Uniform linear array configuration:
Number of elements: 12
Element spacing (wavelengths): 1
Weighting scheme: hamming
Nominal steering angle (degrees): -45
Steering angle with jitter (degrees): -46.495
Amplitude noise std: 0.05
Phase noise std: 0.05

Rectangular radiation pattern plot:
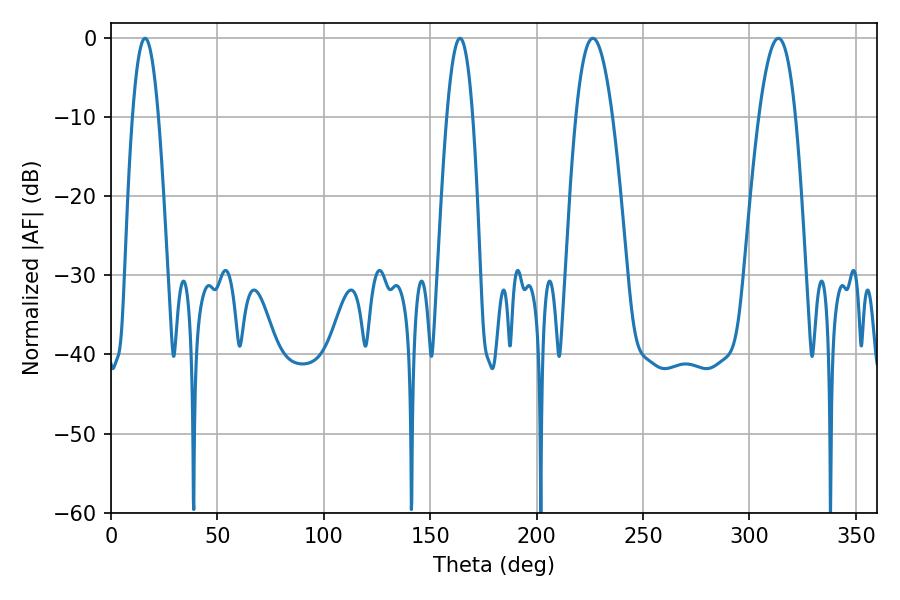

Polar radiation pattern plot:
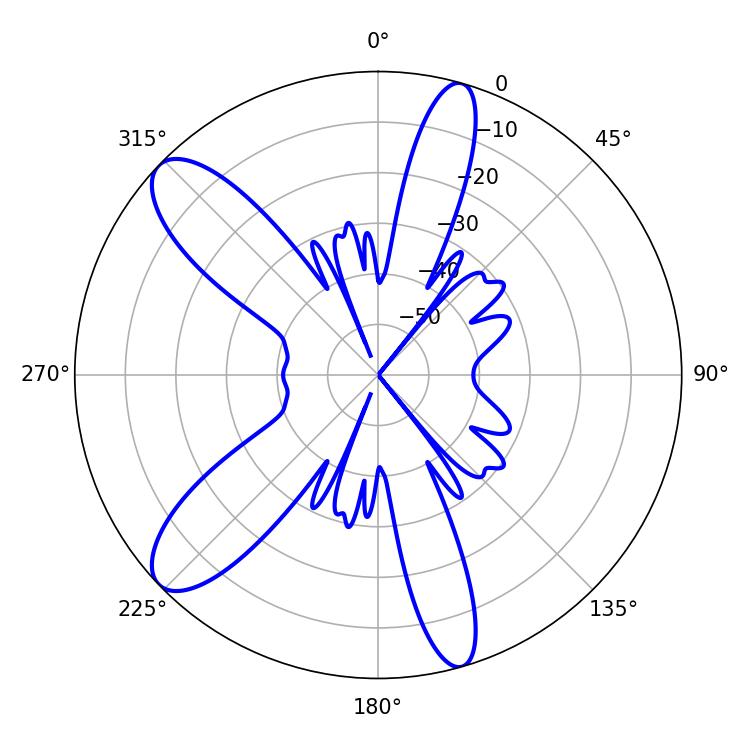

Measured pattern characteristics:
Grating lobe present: TRUE
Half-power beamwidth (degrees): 6.66
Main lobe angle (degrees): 16.02